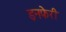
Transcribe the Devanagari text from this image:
इनफेरी